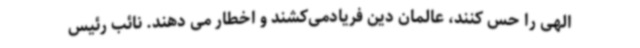
الهی را حس کنند، عالمان دین فریادمی‌کشند و اخطار می دهند. نائب رئیس